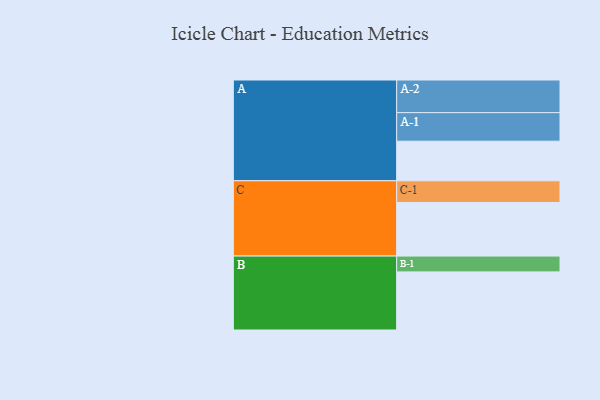
{"axis": {"x": "Segment", "y": "Value"}, "legend": ["", "A", "B", "C"], "data": [{"x": "A", "y": 348, "type": ""}, {"x": "B", "y": 511, "type": ""}, {"x": "C", "y": 471, "type": ""}, {"x": "A-1", "y": 251, "type": "A"}, {"x": "A-2", "y": 287, "type": "A"}, {"x": "B-1", "y": 139, "type": "B"}, {"x": "C-1", "y": 191, "type": "C"}]}